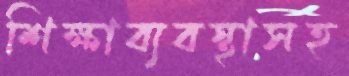
শিক্ষাব্যবস্থাসহ